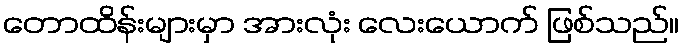
တောထိန်းများမှာ အားလုံး လေးယောက် ဖြစ်သည်။